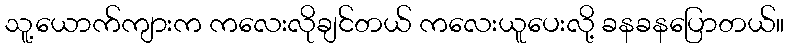
သူ့ယောက်ကျားက ကလေးလိုချင်တယ် ကလေးယူပေးလို့ ခနခနပြောတယ်။